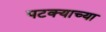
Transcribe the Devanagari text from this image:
पटक्याच्या